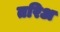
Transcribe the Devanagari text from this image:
तरिअ